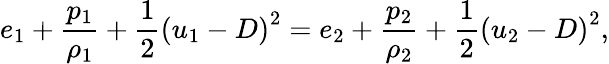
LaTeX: e_{1}+\frac{p_{1}}{\rho_{1}}+\frac{1}{2}\left(u_{1}-D\right)^{2}=e_{2}+\frac{p_{2}}{\rho_{2}}+\frac{1}{2}\left(u_{2}-D\right)^{2},